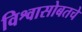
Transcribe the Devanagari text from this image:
विश्वासोबतचे